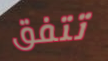
تتفق